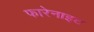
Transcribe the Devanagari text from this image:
फारेनाइट